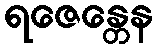
ရဇေန္တေန